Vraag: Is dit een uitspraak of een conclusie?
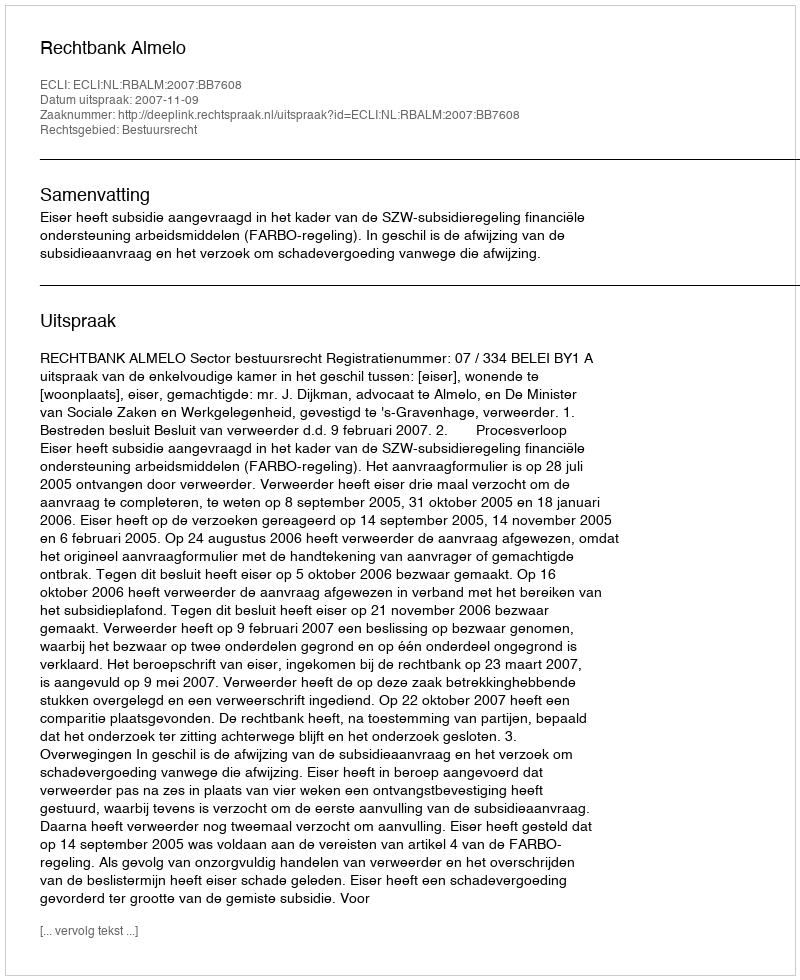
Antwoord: Uitspraak